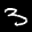
Label: 3